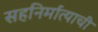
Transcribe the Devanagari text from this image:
सहनिर्मात्याची